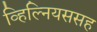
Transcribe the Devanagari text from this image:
व्हिल्नियससह